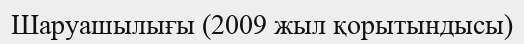
Шаруашылығы (2009 жыл қорытындысы)